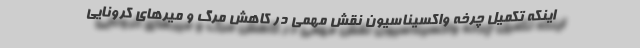
اینکه تکمیل چرخه واکسیناسیون نقش مهمی در کاهش مرگ و میرهای کرونایی